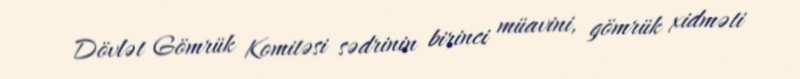
Dövlət Gömrük Komitəsi sədrinin birinci müavini, gömrük xidməti